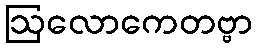
ဩလောကေတဗ္ဗာ